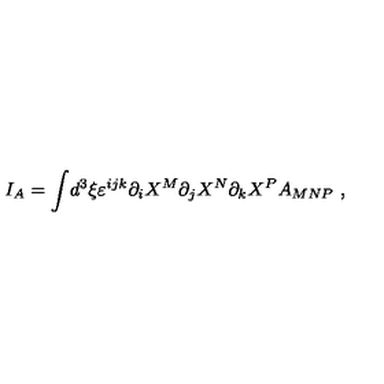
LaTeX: I _ { A } = \int \! d ^ { 3 } \xi \varepsilon ^ { i j k } \partial _ { i } X ^ { M } \partial _ { j } X ^ { N } \partial _ { k } X ^ { P } A _ { M N P } \ ,